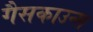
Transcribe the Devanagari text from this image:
गैसकाउन्स